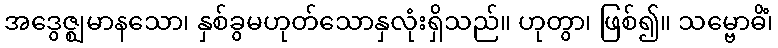
အဒွေဇ္ဈမာနသော၊ နှစ်ခွမဟုတ်သောနှလုံးရှိသည်။ ဟုတွာ၊ ဖြစ်၍။ သမ္ဗောဓိံ၊